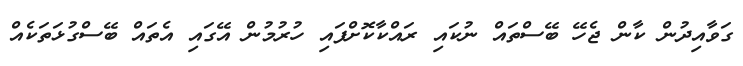
ގަވާއިދުން ކާން ޖެހޭ ބޭސްތައް ނުކައި ރައްކާކޮށްފައި ހުރުމުން އޭގައި އެތައް ބޭސްގުޅަތަކެއް